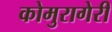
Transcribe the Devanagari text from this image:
कोमुरागेरी